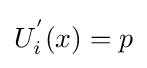
U_{i}^{'}(x)=p